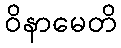
ဝိနာမေတိ